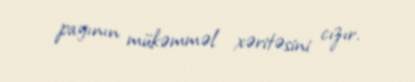
payının mükəmməl xəritəsini cızır.